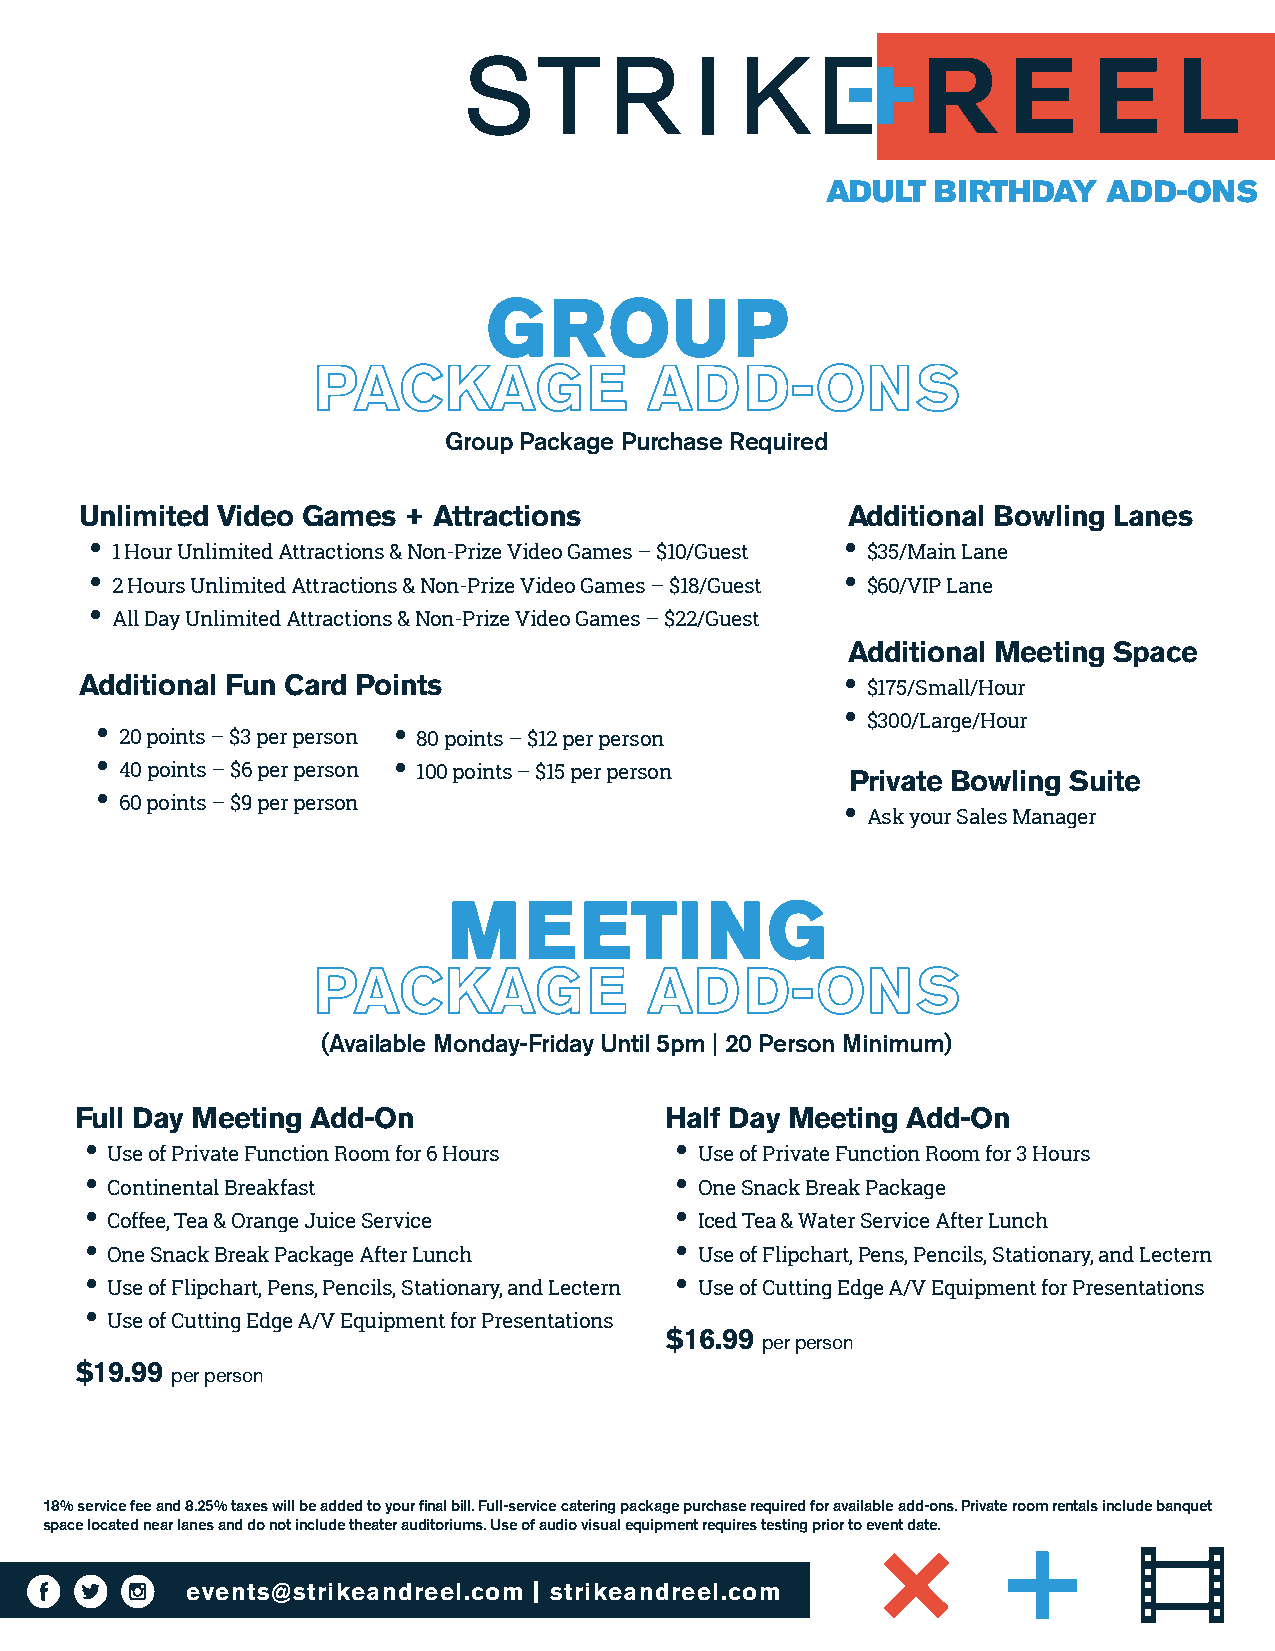
ADULT  BIRTHDAY   ADD-ONS
 GGRROOUUPP
 PACKAGE               ADD-ONS
 Group Package Purchase Required
 Unlimited Video Games + Attractions                Additional Bowling Lanes
 •                                                 •
 1 Hour Unlimited Attractions & Non-Prize Video Games – $10/Guest $35/Main Lane
 •                                                 •
 2 Hours Unlimited Attractions & Non-Prize Video Games – $18/Guest $60/VIP Lane
 •
 All Day Unlimited Attractions & Non-Prize Video Games – $22/Guest
 Additional Meeting Space
 Additional Fun Card Points                        •
 $175/Small/Hour
 •
 •                  •                               $300/Large/Hour
 20 points – $3 per person 80 points – $12 per person
 •                  •
 40 points – $6 per person 100 points – $15 per person Private Bowling Suite
 •
 60 points – $9 per person                      •
 Ask your Sales Manager
 MMEEEETTIINNGG
 PACKAGE               ADD-ONS
 (Available Monday-Friday Until 5pm | 20 Person Minimum)
 Full Day Meeting Add-On                Half Day Meeting Add-On
 •                                      •
 Use of Private Function Room for 6 Hours Use of Private Function Room for 3 Hours
 •                                      •
 Continental Breakfast                  One Snack Break Package
 •                                      •
 Coffee, Tea & Orange Juice Service     Iced Tea & Water Service After Lunch
 •                                      •
 One Snack Break Package After Lunch    Use of Flipchart, Pens, Pencils, Stationary, and Lectern
 •                                      •
 Use of Flipchart, Pens, Pencils, Stationary, and Lectern Use of Cutting Edge A/V Equipment for Presentations
 •
 Use of Cutting Edge A/V Equipment for Presentations
 $16.99
 per person
 $19.99
 per person
 18% service fee and 8.25% taxes will be added to your final bill. Full-service catering package purchase required for available add-ons. Private room rentals include banquet
 space located near lanes and do not include theater auditoriums. Use of audio visual equipment requires testing prior to event date.
 events@strikeandreel.com | strikeandreel.com